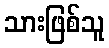
သားဖြစ်သူ